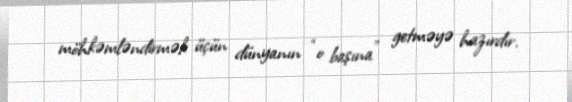
möhkəmləndirmək üçün dünyanın “o başına” getməyə hazırdır.